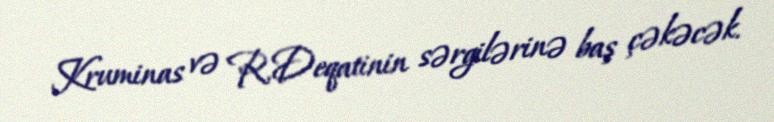
Kruminas və R.Deqatinin sərgilərinə baş çəkəcək.